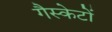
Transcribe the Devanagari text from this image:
गैस्केटों